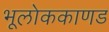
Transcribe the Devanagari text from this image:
भूलाेककाणड